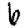
Digit: 6